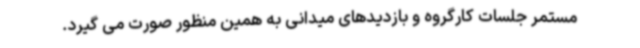
مستمر جلسات کارگروه و بازدیدهای میدانی به همین منظور صورت می گیرد.